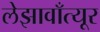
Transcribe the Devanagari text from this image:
लेझावाँत्यूर